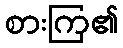
စားကြ၏